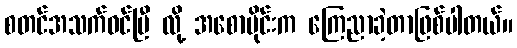
စတင်အသက်ဝင်ပြီ လို့ အစောပိုင်းက ကြေညာခဲ့တာဖြစ်ပါတယ်။